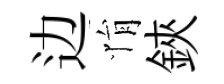
边悁鋏